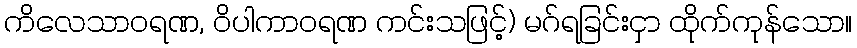
ကိလေသာဝရဏ, ဝိပါကာဝရဏ ကင်းသဖြင့်) မဂ်ရခြင်းငှာ ထိုက်ကုန်သော။